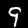
Label: 9